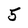
Character: 5